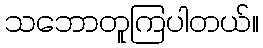
သဘောတူကြပါတယ်။